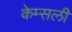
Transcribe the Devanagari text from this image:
केम्सली